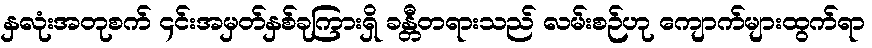
နှလုံးအတုစက် ၄င်းအမှတ်နှစ်ခုကြားရှိ ခန္တီတရားသည် လမ်းစဉ်ဟု ကျောက်များထွက်ရာ